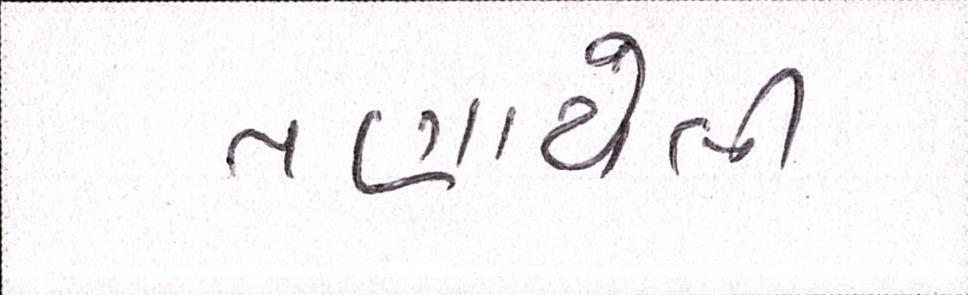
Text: તણાયેલી